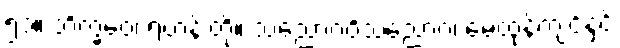
၅၁။ ဘိက္ခဝေ၊ ရဟန်းတို့။ သညောဂဝိသညောဂံ၊ မေထုန်ကျင့်နှင့်